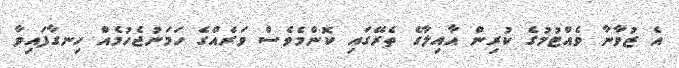
އެ ޒުވާނާ ވެއްޓުމުގެ ކުރިން އާއިލާގެ ތެރޭގައި ކޮންމެވެސް ވަރެއްގެ ހަމަނުޖެހުމެއް ހިނގާފައިވާ